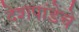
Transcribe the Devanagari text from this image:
देशपांडेचे